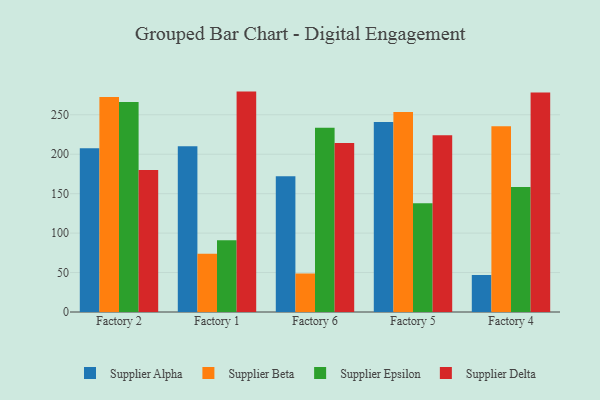
{"axis": {"x": "Factory", "y": "Conversion Rate (%)"}, "legend": ["Supplier Alpha", "Supplier Beta", "Supplier Delta", "Supplier Epsilon"], "data": [{"x": "Factory 2", "y": 207.6, "type": "Supplier Alpha"}, {"x": "Factory 2", "y": 272.6, "type": "Supplier Beta"}, {"x": "Factory 2", "y": 266.3, "type": "Supplier Epsilon"}, {"x": "Factory 2", "y": 180.1, "type": "Supplier Delta"}, {"x": "Factory 1", "y": 210.2, "type": "Supplier Alpha"}, {"x": "Factory 1", "y": 74.0, "type": "Supplier Beta"}, {"x": "Factory 1", "y": 90.9, "type": "Supplier Epsilon"}, {"x": "Factory 1", "y": 279.4, "type": "Supplier Delta"}, {"x": "Factory 6", "y": 172.2, "type": "Supplier Alpha"}, {"x": "Factory 6", "y": 48.8, "type": "Supplier Beta"}, {"x": "Factory 6", "y": 233.5, "type": "Supplier Epsilon"}, {"x": "Factory 6", "y": 214.2, "type": "Supplier Delta"}, {"x": "Factory 5", "y": 240.9, "type": "Supplier Alpha"}, {"x": "Factory 5", "y": 253.5, "type": "Supplier Beta"}, {"x": "Factory 5", "y": 137.8, "type": "Supplier Epsilon"}, {"x": "Factory 5", "y": 224.0, "type": "Supplier Delta"}, {"x": "Factory 4", "y": 46.9, "type": "Supplier Alpha"}, {"x": "Factory 4", "y": 235.4, "type": "Supplier Beta"}, {"x": "Factory 4", "y": 158.4, "type": "Supplier Epsilon"}, {"x": "Factory 4", "y": 278.2, "type": "Supplier Delta"}]}